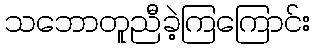
သဘောတူညီခဲ့ကြကြောင်း